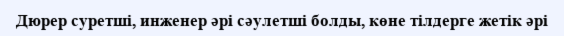
Дюрер суретші, инженер әрі сәулетші болды, көне тілдерге жетік әрі